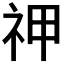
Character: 𬒱